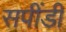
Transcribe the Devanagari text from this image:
सपींडी